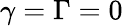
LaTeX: \gamma=\Gamma=0